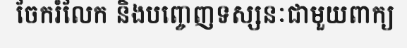
ចែករំលែក និងបញ្ចេញទស្សនៈជាមួយពាក្យ